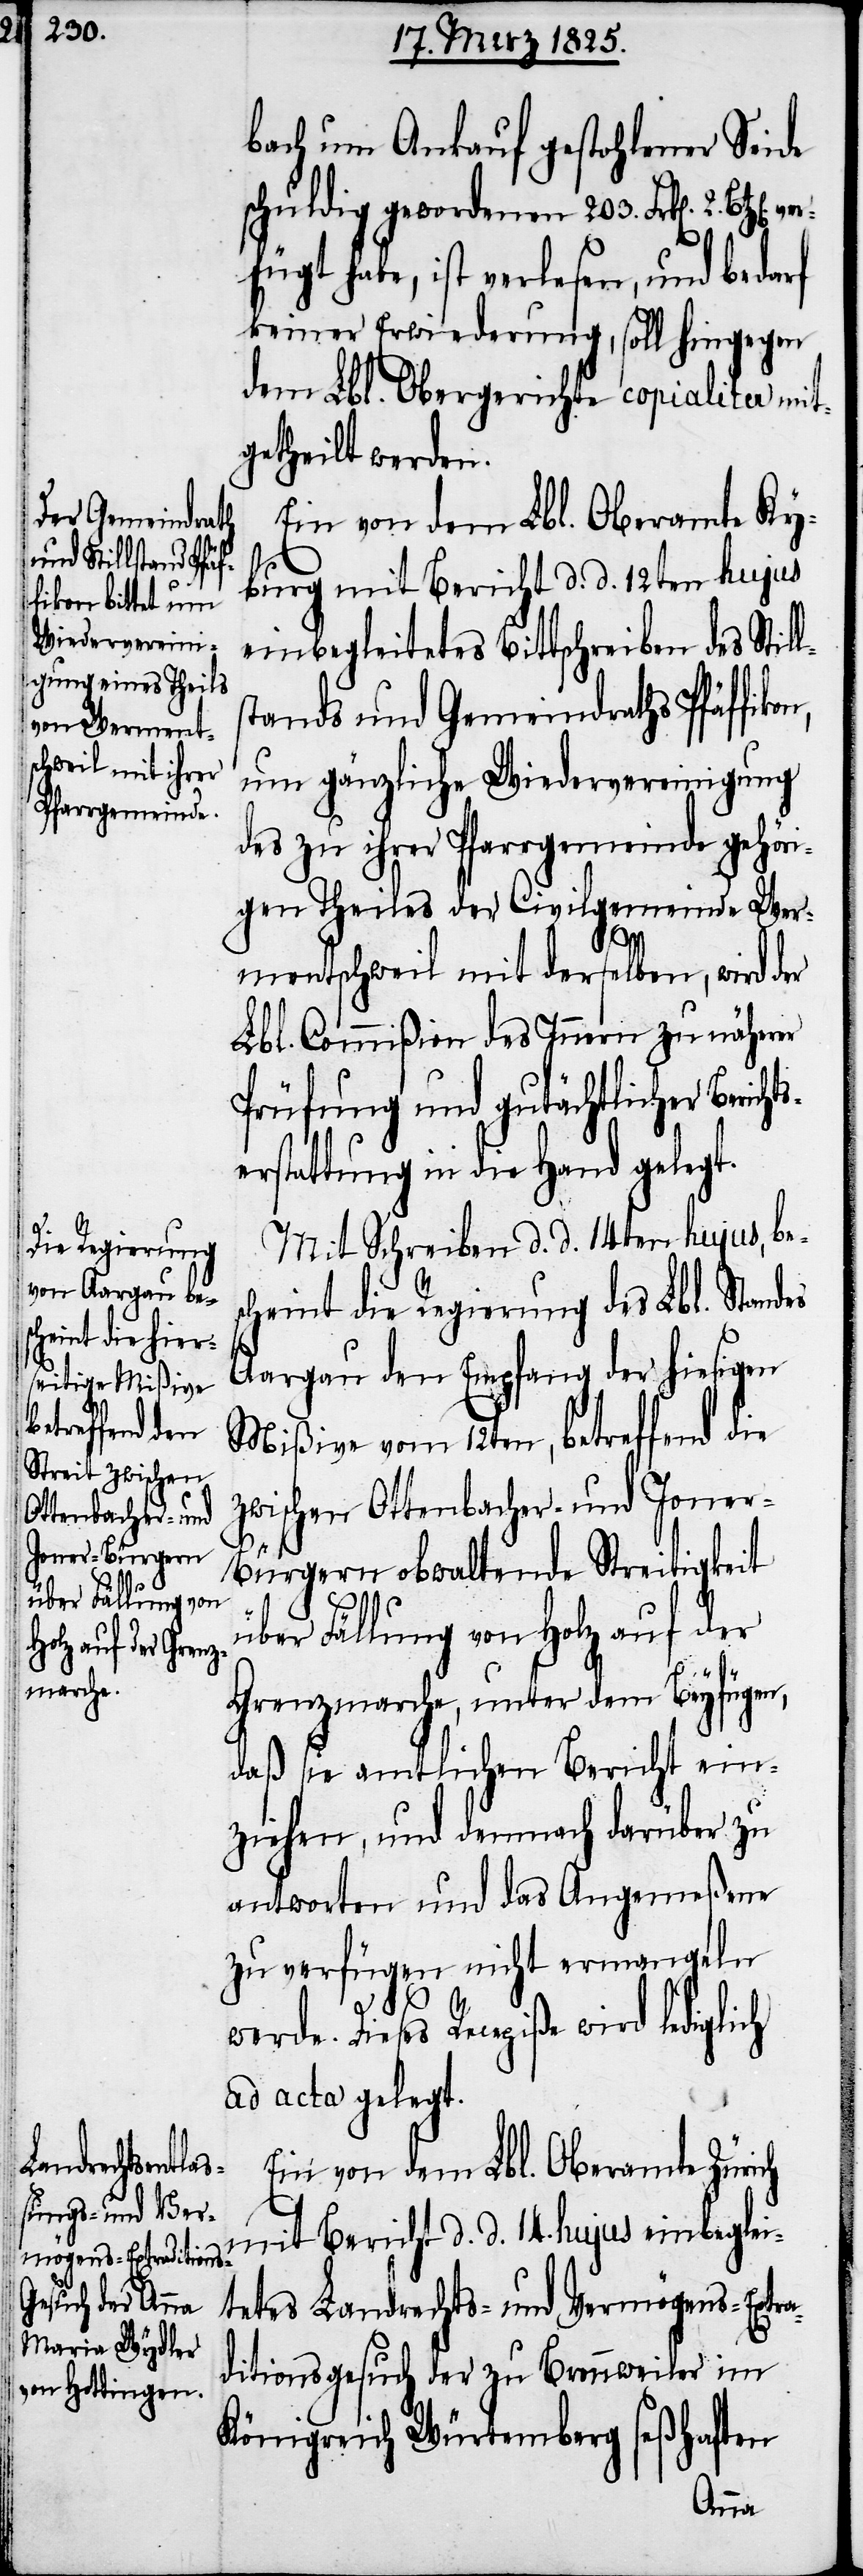
bach um Ankauf gestohlener Seide
schuldig gewordenen 203. Frk[en].
ts¬
rfügt habe, ist verlesen, und bedarf
keiner Erwiederung, soll hingegen
dem Lbl. Obergerichte copialiter mit¬
getheilt werden.
Ein von dem Lbl. Oberamte Ky¬
burg mit Bericht d. d. 12ten hujus
einbegleitetes Bittschreiben des Stil¬
tandes und Gemeindraths Pfäffiko¬
um gänzliche Wiedervereinigung
des zu ihrer Pfarrgemeinde gehöri¬
gen Theiles der Civilgemeinde Wer¬
mentschweil mit derselben, wird der
Lbl. Commißion des Innern zu näherer
Prüfung und gutächtlicher Berich¬
erstattung in die Hand gelegt.
Mit Schreiben d. d. 14ten hujus, bes¬
cheint die Regierung des Lbl. Standes
Aargau den Empfang der hiesigen
Mißive vom 12ten, betreffend die
zwischen Ottenbacher- und Joner-B¬
ürgern obwaltende Streitigkeit
über Fällung von Holz auf der
Grenzmarche, unter dem Beyfügen,
daß sie amtlichen Bericht ein¬
ziehen, und demnach darüber zu
antworten und das Angemeßene
zu verfügen nicht ermangeln
n,
werde. Dieses Recepiße wird lediglich
ad acta gelegt.
Ein von dem Lbl. Oberamte Zürich
mit Bericht d. d. 14. hujus einbeglei¬
tetes Landrechts- und Vermögens-Extra¬
ditionsgesuch der zu Brennweiler im
Königreich Würtemberg seßhaften